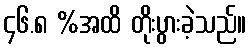
၄၆.၈ %အထိ တိုးပွားခဲ့သည်။